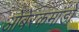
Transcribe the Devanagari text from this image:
ओबेरकमांडो